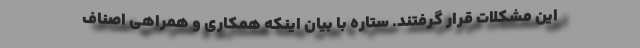
این مشکلات قرار گرفتند. ستاره با بیان اینکه همکاری و همراهی اصناف